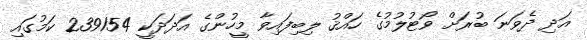
އަދި ދެވަނަ ބުރަށް ވޯޓުލުމުގެ ހައްޤު ލިބިފައިވާ މީހުންގެ އަދަދަކީ 239154 ކަމުގައި